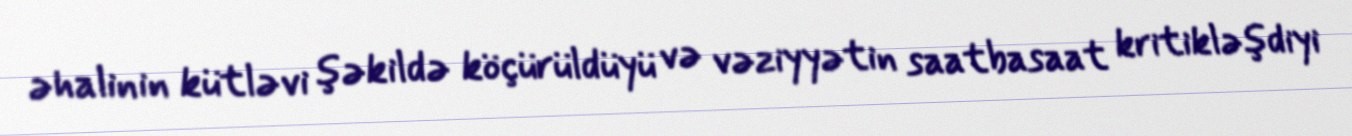
əhalinin kütləvi şəkildə köçürüldüyü və vəziyyətin saatbasaat kritikləşdiyi